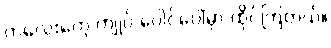
ကလေးတွေ ကျုပ် ပေါင်ပေါ်မှာ ထိုင်ကြတယ်။